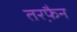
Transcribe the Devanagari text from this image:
तरफै़न